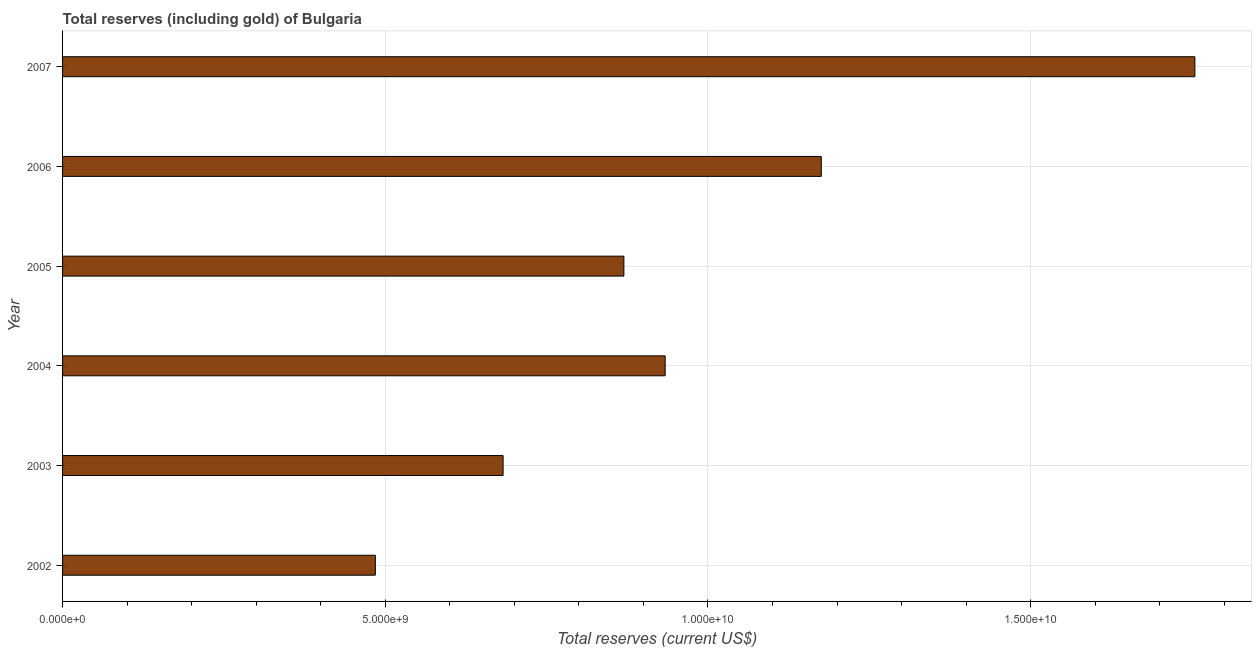
| Year | Total reserves (includes gold |
 | --- | --- |
 | 2002 | 4.85e+09 |
 | 2003 | 6.83e+09 |
 | 2004 | 9.34e+09 |
 | 2005 | 8.7e+09 |
 | 2006 | 1.18e+10 |
 | 2007 | 1.75e+10 |